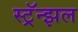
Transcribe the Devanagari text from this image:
स्ट्रॅन्झल